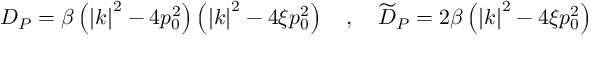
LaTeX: D _ { P } = \beta \left( \left| k \right| ^ { 2 } - 4 p _ { 0 } ^ { 2 } \right) \left( \left| k \right| ^ { 2 } - 4 \xi p _ { 0 } ^ { 2 } \right) \quad , \quad \widetilde { D } _ { P } = 2 \beta \left( \left| k \right| ^ { 2 } - 4 \xi p _ { 0 } ^ { 2 } \right)